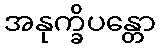
အနုက္ခိပန္တော